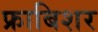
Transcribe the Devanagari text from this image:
फ्राबिशर